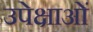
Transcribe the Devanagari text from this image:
उपेक्षाओं